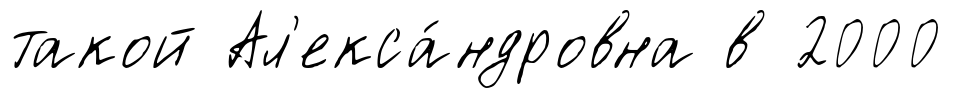
такой Ал'екса́ндровна в 2000